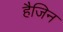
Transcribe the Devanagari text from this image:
हैजिन